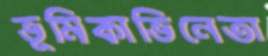
ভূমিকাভিনেতা